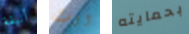
أنيقة ورث بحمايته